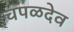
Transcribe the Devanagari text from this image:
चपळदेव